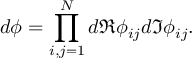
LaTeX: d \phi = \prod _ { i , j = 1 } ^ { N } d \Re \phi _ { i j } d \Im \phi _ { i j } .